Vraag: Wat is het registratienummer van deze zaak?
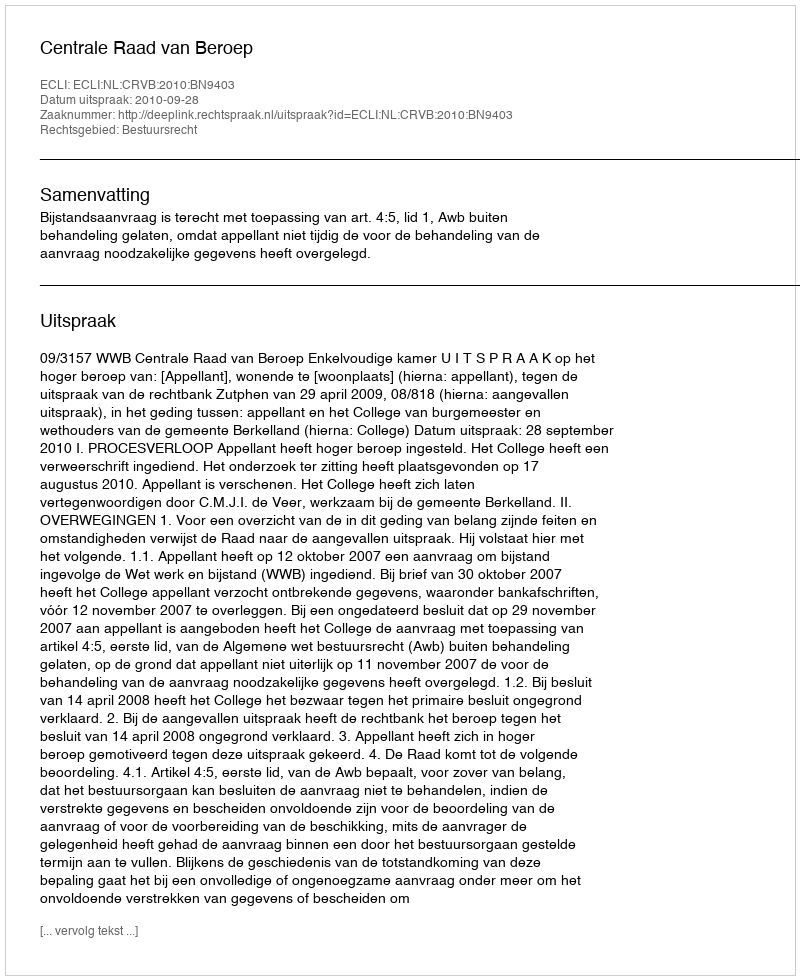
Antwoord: http://deeplink.rechtspraak.nl/uitspraak?id=ECLI:NL:CRVB:2010:BN9403